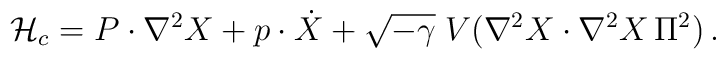
{\cal H}_c =P \cdot \nabla^2 X + p \cdot \dot{X} + \sqrt{-\gamma}\; V ( \nabla^2 X \cdot \nabla^2 X \,\Pi^2 ) \,.